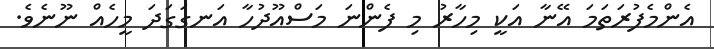
އެންމެފުރަތަމަ އޭނާ އަކީ މިހާރު މި ފެންނަ މަސްއޫދުހާ އަނގަގަދަ މީހެއް ނޫނެވެ.